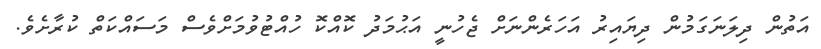
އަތުން ދިލަނަގަމުން ދިޔައިރު އަހަރެންނަށް ޖެހުނީ އަޙުމަދު ކޮއްކޮ ހުއްޓުވުމަށްވެސް މަސައްކަތް ކުރާށެވެ.